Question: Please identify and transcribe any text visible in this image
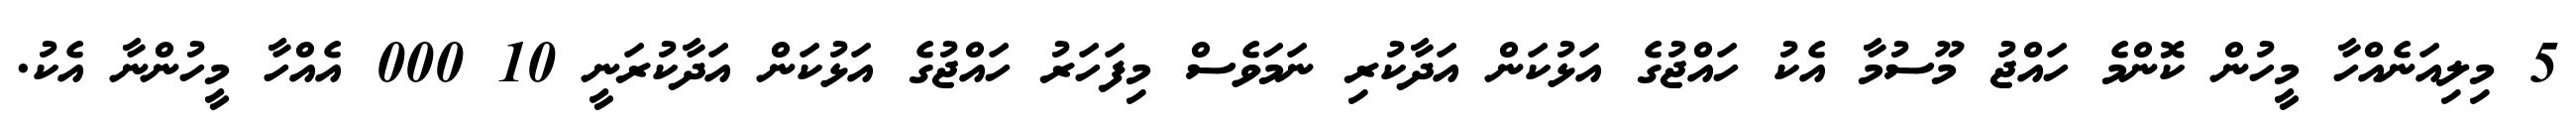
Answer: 5 މިލިއަނެއްހާ މީހުން ކޮންމެ ހައްޖު މޫސުމާ އެކު ހައްޖުގެ އަޅުކަން އަދާކުރި ނަމަވެސް މިފަހަރު ހައްޖުގެ އަޅުކަން އަދާކުރަނީ 10 000 އެއްހާ މީހުންނާ އެކު.